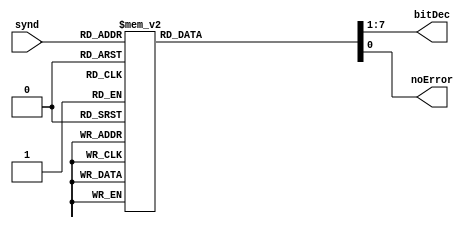
// Decode the syndrome
module decode3x8 (
input  [2:0] synd,
output [7:1] bitDec,
output       noError
);
// internal signal
reg [7:0] dec;
assign bitDec = dec[7:1];
assign noError = dec[0];
always @(*)
begin
  case (synd)
   3'b000 : dec = 8'b0000_0001;
   3'b001 : dec = 8'b0000_0010;
   3'b010 : dec = 8'b0000_0100;
   3'b011 : dec = 8'b0000_1000;
   3'b100 : dec = 8'b0001_0000;
   3'b101 : dec = 8'b0010_0000;
   3'b110 : dec = 8'b0100_0000;
   3'b111 : dec = 8'b1000_0000;
  endcase
end
endmodule